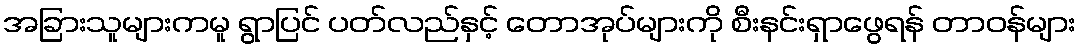
အခြားသူများကမူ ရွာပြင် ပတ်လည်နှင့် တောအုပ်များကို စီးနင်းရှာဖွေရန် တာဝန်များ